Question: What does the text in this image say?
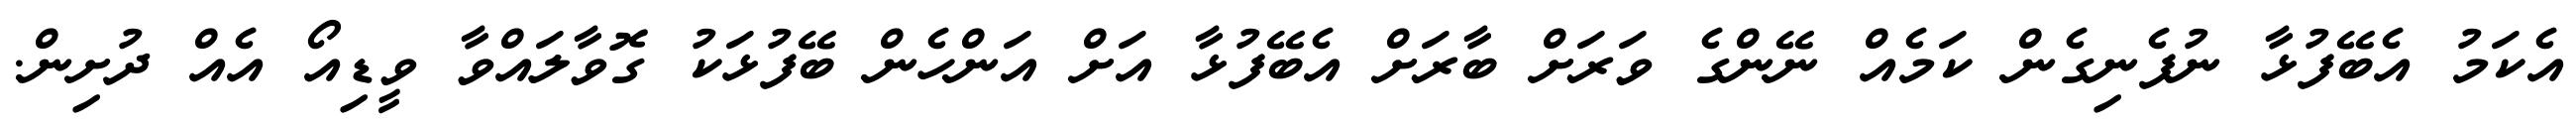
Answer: އެކަމު އެބޭފުޅާ ނުފެނިގެން ކަމެއް ނޭންގެ ވަރަށް ބާރަށް އެބޭފުޅާ އަށް އަންހެން ބޭފުޅަކު ގޮވާލައްވާ ވީޑިއޯ އެއް ދުށިން.